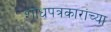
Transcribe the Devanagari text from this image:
शोधपत्रकारांच्या